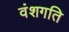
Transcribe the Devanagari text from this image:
वंशगति